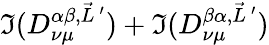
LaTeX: \Im(D_{\nu\mu}^{\alpha\beta,\vec{L}\, ^{\prime}})+\Im(D_{\nu\mu}^{\beta\alpha,\vec{L}\, ^{\prime}})